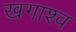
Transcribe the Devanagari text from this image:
खगाश्व